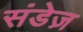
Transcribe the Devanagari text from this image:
संडेज़